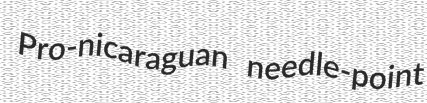
Pro-nicaraguan needle-point